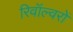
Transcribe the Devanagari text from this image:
रिवॉल्वरों